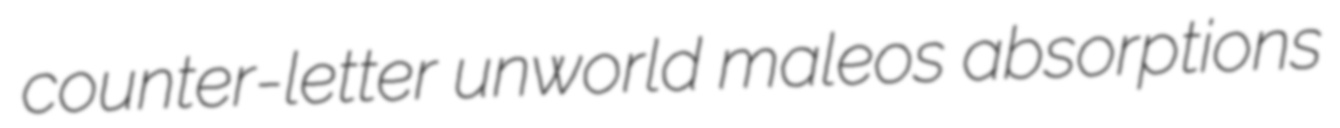
counter-letter unworld maleos absorptions